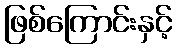
ဖြစ်ကြောင်းနှင့်